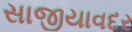
સાજીયાવદર